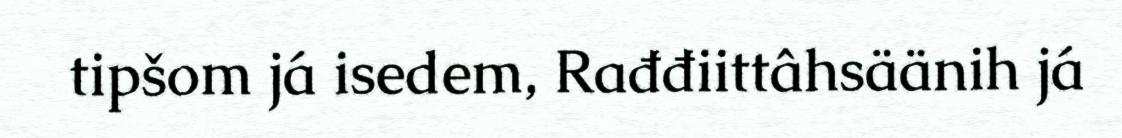
tipšom já isedem, Rađđiittâhsäänih já